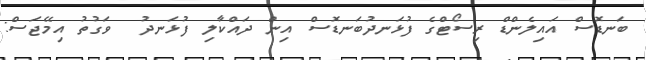
ބަނޑޮސް އައިލެންޑް ރިސޯޓްގެ ފުޅަނދުބަނޑޮސް އިން ދައްކާލި ފުޅަނދު  ވަގުތު އިމޭޖަސް: